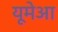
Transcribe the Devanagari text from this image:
यूमेआ